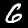
Label: 6